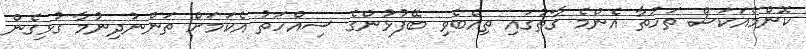
ކޮންމެއަކަސް ތަހުތާ އެންމެ ގާތުގައި ތިއްބެވި ބޭފުޅުންގެ ސިއްހަތު އެކަމަށް ތަންނުދިނުމާ ގުޅިގެން